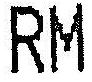
RM